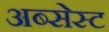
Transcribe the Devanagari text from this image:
अब्सेस्ट